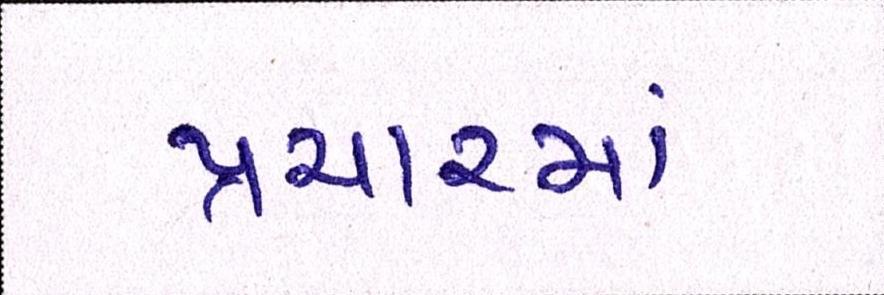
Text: પ્રચારમાં